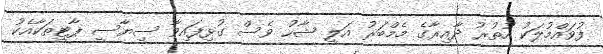
ފުވައްމުލަކު އުތުރު ދާއިރާގެ މެމްބަރު އަލީ ޝާހު ވެސް ގުޅިފައިވާ ސިޔާސީ ޕާޓީތަކާއެކު